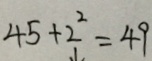
4 5 + 2 ^ { 2 } = 4 9